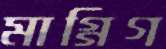
মাগ্গিগ